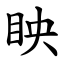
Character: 眏